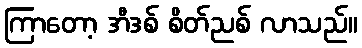
ကြာတော့ အီဒစ် စိတ်ညစ် လာသည်။